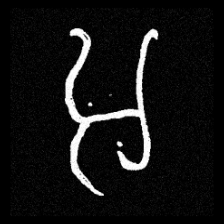
Pyu character \u2014 Myanmar letter: အ (romanized: a)